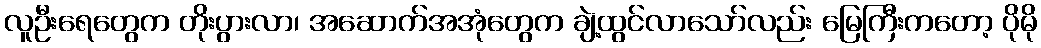
လူဦးရေတွေက တိုးပွားလာ၊ အဆောက်အအုံတွေက ချဲ့ထွင်လာသော်လည်း မြေကြီးကတော့ ပိုမို